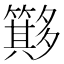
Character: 𥶂